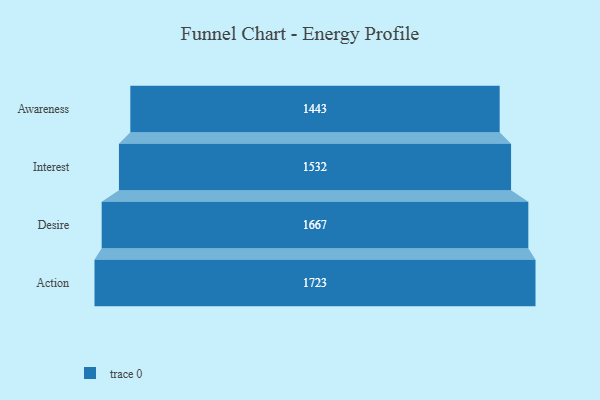
{"axis": {"x": "Stage", "y": "Value"}, "legend": [""], "data": [{"x": "Awareness", "y": 1443.0, "type": ""}, {"x": "Interest", "y": 1532.0, "type": ""}, {"x": "Desire", "y": 1667.0, "type": ""}, {"x": "Action", "y": 1723.0, "type": ""}]}